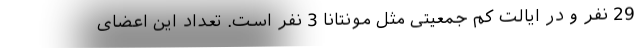
29 نفر و در ایالت کم جمعیتی مثل مونتانا 3 نفر است. تعداد این اعضای